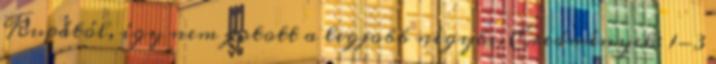
Kupától, így nem jutott a legjobb négybe. Eredmények: 1-3